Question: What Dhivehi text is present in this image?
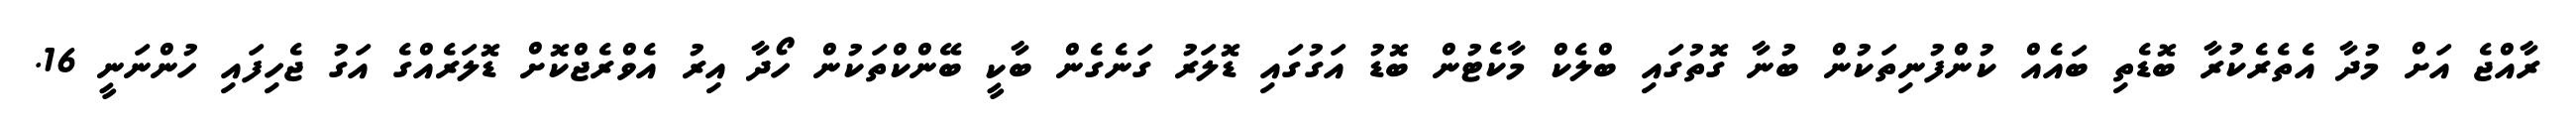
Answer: ރާއްޖެ އަށް މުދާ އެތެރެކުރާ ބޮޑެތި ބައެއް ކުންފުނިތަކުން ބުނާ ގޮތުގައި ބްލެކް މާކެޓުން ބޮޑު އަގުގައި ޑޮލަރު ގަނެގެން ބާކީ ބޭންކްތަކުން ހޯދާ އިރު އެވްރެޖްކޮށް ޑޮލަރެއްގެ އަގު ޖެހިފައި ހުންނަނީ 16.